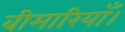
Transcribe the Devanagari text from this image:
बीमारियाँ।